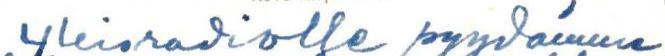
Yleisradiolle pyydämme